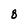
Character: g